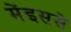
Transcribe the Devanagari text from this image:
मेंइससे